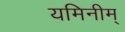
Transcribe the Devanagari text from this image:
यमिनीम्